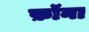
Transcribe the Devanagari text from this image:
फ़ॉना